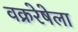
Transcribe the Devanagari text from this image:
वक्ररेषेला